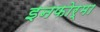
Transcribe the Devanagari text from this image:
इनफोर्मा